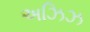
અઝિઝ